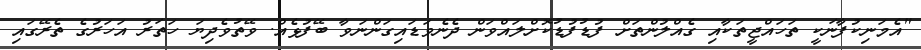
"އެމަނިކުފާނަކީ ތަހައްޖީތަކާއި ގެއްލުންތަށް ފުޑުފުޑުކޮށްލައްވަން ދެނެވަޑައިގަންނަވާ ބޭފުޅެއް. ވޭތުވެދިޔަ ހަތަރު އަހަރުގެ ތެރޭގައި